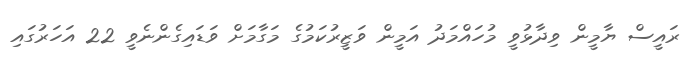
ރައީސް ޔާމީން ވިދާޅުވީ މުހައްމަދު އަމީން ވަޒީރުކަމުގެ މަގާމަށް ވަޑައިގެންނެވީ 22 އަހަރުގައި